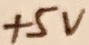
Text: +5V